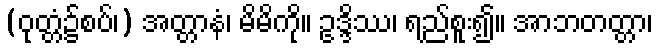
(ဝုတ္တံ၌စပ်၊) အတ္တာနံ၊ မိမိကို။ ဥဒ္ဒိဿ၊ ရည်စူး၍။ အာဘတတ္တာ၊